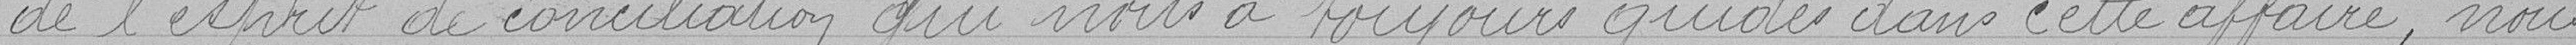
de l'esprit de conciliation qui nous a toujours guidé dans cette affaire, nous